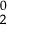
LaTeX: \mathbf { \Sigma } _ { 2 } ^ { 0 }